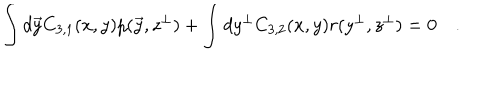
\int d \vec { y } C _ { 3 , 1 } ( x , y ) p ( \vec { y } , z ^ { \bot } ) + \int d y ^ { \bot } C _ { 3 , 2 } ( x , y ) r ( y ^ { \bot } , z ^ { \bot } ) = 0 \quad .